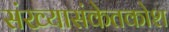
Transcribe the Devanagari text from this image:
संख्यासंकेतकोश